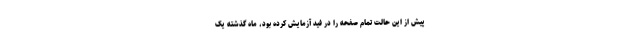
پیش از این حالت تمام صفحه را در فید آزمایش کرده بود، ماه گذشته یک